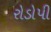
રોડોપી